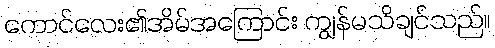
ကောင်လေး၏အိမ်အကြောင်း ကျွန်မသိချင်သည်။